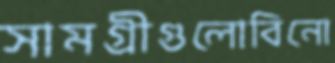
সামগ্রীগুলোবিনো